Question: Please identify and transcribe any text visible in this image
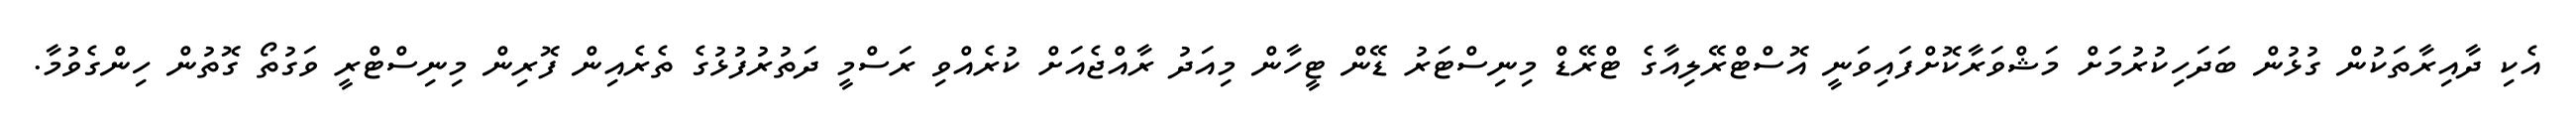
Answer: އެކި ދާއިރާތަކުން ގުޅުން ބަދަހިކުރުމަށް މަޝްވަރާކޮށްފައިވަނީ އޮސްޓްރޭލިއާގެ ޓްރޭޑް މިނިސްޓަރު ޑޭން ޓީހާން މިއަދު ރާއްޖެއަށް ކުރެއްވި ރަސްމީ ދަތުރުފުޅުގެ ތެރެއިން ފޮރިން މިނިސްޓްރީ ވަގުތޯ ގޮތުން ހިންގެވުމާ.